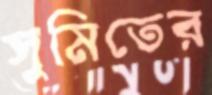
সুমিতের